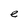
Character: e